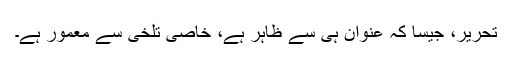
تحریر، جٍیسا کہ عنوان ہی سے ظاہر ہے، خاصی تلخی سے معمور ہے۔